Vaccination in Bombay 1869-1873 - 1869-1873
Year: 1869
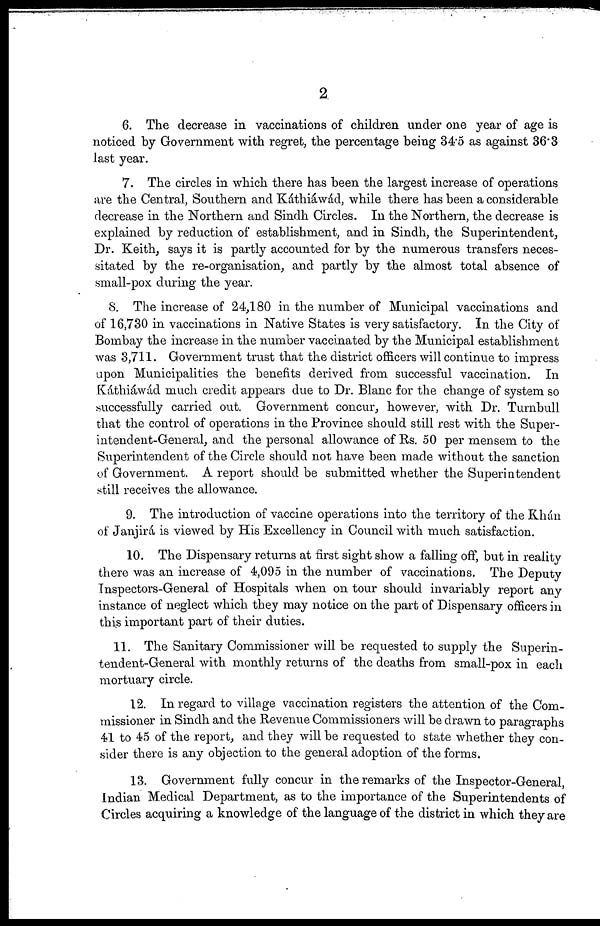
2
6. The decrease in vaccinations of children under one year of age is
noticed by Government with regret, the percentage being 34.5 as against 36.3
last year.
7. The circles in which there has been the largest increase of operations
are the Central, Southern and Káthiáwád, while there has been a considerable
decrease in the Northern and Sindh Circles. In the Northern, the decrease is
explained by reduction of establishment, and in Sindh, the Superintendent,
Dr. Keith, says it is partly accounted for by the numerous transfers neces-
sitated by the re-organisation, and partly by the almost total absence of
small-pox during the year.
8. The increase of 24,180 in the number of Municipal vaccinations and
of 16,730 in vaccinations in Native States is very satisfactory. In the City of
Bombay the increase in the number vaccinated by the Municipal establishment
was 3,711. Government trust that the district officers will continue to impress
upon Municipalities the benefits derived from successful vaccination. In
Káthiáwád much credit appears due to Dr. Blanc for the change of system so
successfully carried out. Government concur, however, with Dr. Turnbull
that the control of operations in the Province should still rest with the Super-
intendent-General, and the personal allowance of Rs. 50 per mensem to the
Superintendent of the Circle should not have been made without the sanction
of Government. A report should be submitted whether the Superintendent
still receives the allowance.
9. The introduction of vaccine operations into the territory of the Khán
of Janjirá is viewed by His Excellency in Council with much satisfaction.
10. The Dispensary returns at first sight show a falling off, but in reality
there was an increase of 4,095 in the number of vaccinations. The Deputy
Inspectors-General of Hospitals when on tour should invariably report any
instance of neglect which they may notice on the part of Dispensary officers in
this important part of their duties.
11. The Sanitary Commissioner will be requested to supply the Superin-
tendent-General with monthly returns of the deaths from small-pox in each
mortuary circle.
12. In regard to village vaccination registers the attention of the Com-
missioner in Sindh and the Revenue Commissioners will be drawn to paragraphs
41 to 45 of the report, and they will be requested to state whether they con-
sider there is any objection to the general adoption of the forms.
13. Government fully concur in the remarks of the Inspector-General,
Indian Medical Department, as to the importance of the Superintendents of
Circles acquiring a knowledge of the language of the district in which they are